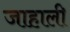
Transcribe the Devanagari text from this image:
जाहाली